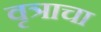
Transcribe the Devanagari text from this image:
वृत्राचा